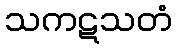
သကဋသတံ